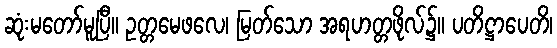
ဆုံးမတော်မူပြီ။ ဥတ္တမေဖလေ၊ မြတ်သော အရဟတ္တဖိုလ်၌။ ပတိဋ္ဌာပေတိ၊